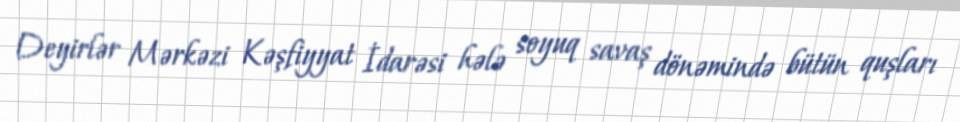
Deyirlər Mərkəzi Kəşfiyyat İdarəsi hələ soyuq savaş dönəmində bütün quşları